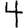
Digit: 4